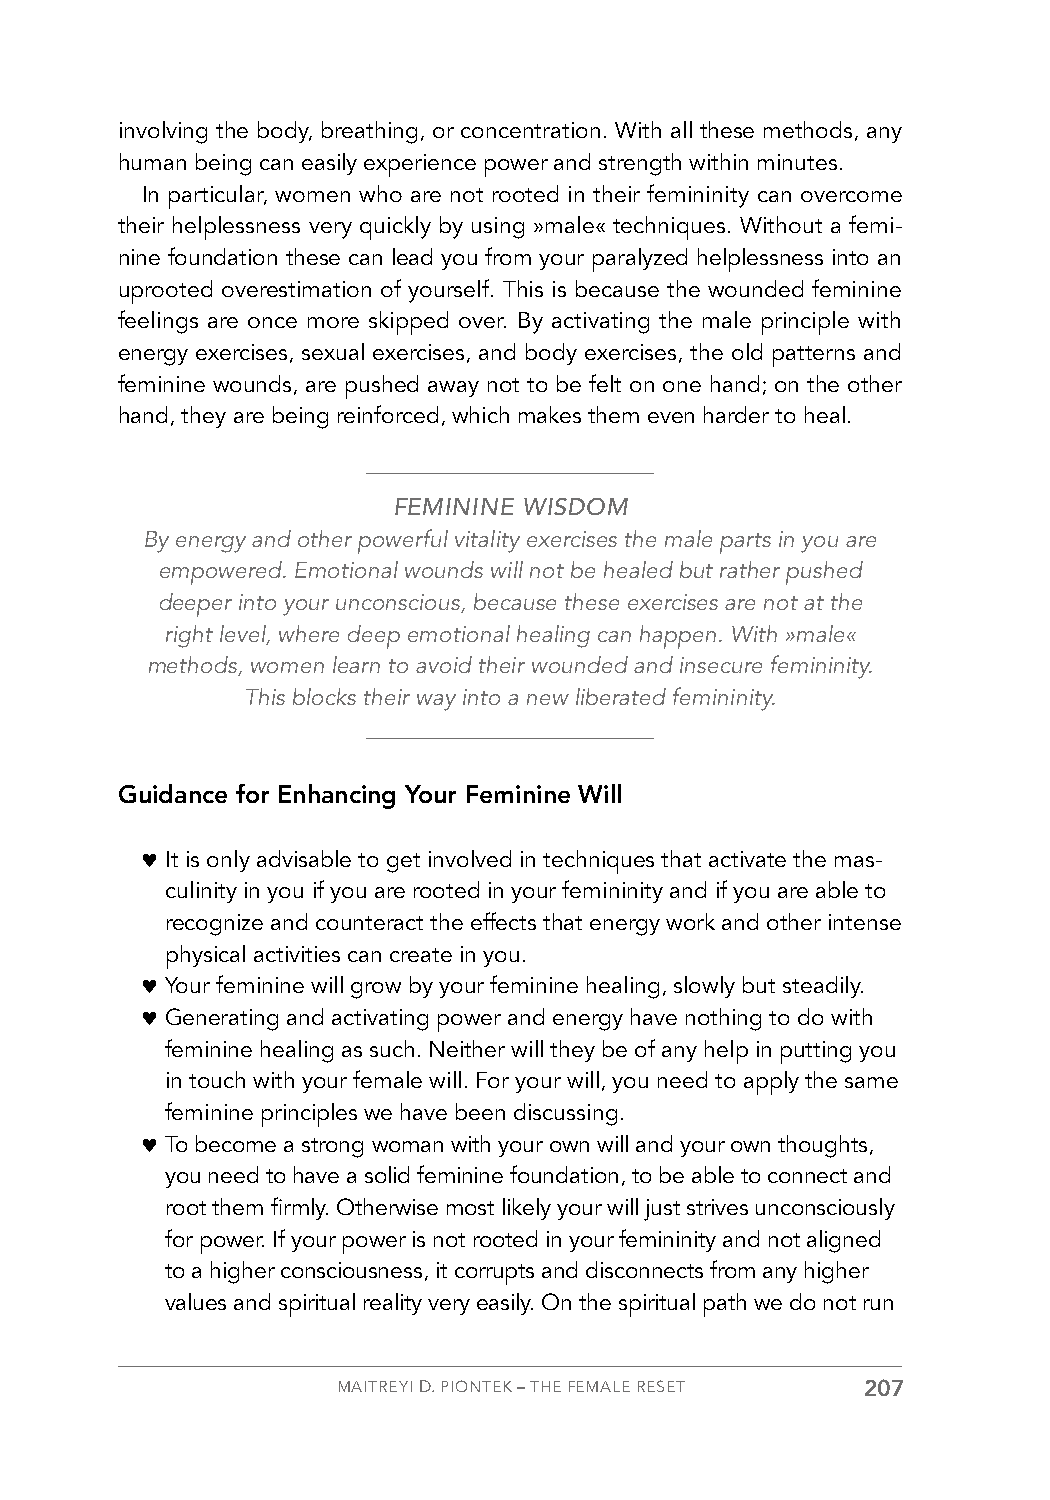
involving the body, breathing, or concentration. With all these methods, any
 human being can easily experience power and strength within minutes.
 In particular, women who are not rooted in their femininity can overcome
 their helplessness very quickly by using »male« techniques. Without a femi-
 nine foundation these can lead you from your paralyzed helplessness into an
 uprooted overestimation of yourself. This is because the wounded feminine
 feelings are once more skipped over. By activating the male principle with
 energy exercises, sexual exercises, and body exercises, the old patterns and
 feminine wounds, are pushed away not to be felt on one hand; on the other
 hand, they are being reinforced, which makes them even harder to heal.
 FEMININE WISDOM
 By energy and other powerful vitality exercises the male parts in you are
 empowered. Emotional wounds will not be healed but rather pushed
 deeper into your unconscious, because these exercises are not at the
 right level, where deep emotional healing can happen. With »male«
 methods, women learn to avoid their wounded and insecure femininity.
 This blocks their way into a new liberated femininity.
 Guidance for Enhancing Your Feminine Will
 ♥ It is only advisable to get involved in techniques that activate the mas-
 culinity in you if you are rooted in your femininity and if you are able to
 recognize and counteract the effects that energy work and other intense
 physical activities can create in you.
 ♥ Your feminine will grow by your feminine healing, slowly but steadily.
 ♥ Generating and activating power and energy have nothing to do with
 feminine healing as such. Neither will they be of any help in putting you
 in touch with your female will. For your will, you need to apply the same
 feminine principles we have been discussing.
 ♥ To become a strong woman with your own will and your own thoughts,
 you need to have a solid feminine foundation, to be able to connect and
 root them firmly. Otherwise most likely your will just strives unconsciously
 for power. If your power is not rooted in your femininity and not aligned
 to a higher consciousness, it corrupts and disconnects from any higher
 values and spiritual reality very easily. On the spiritual path we do not run
 MAITREYI D. PIONTEK – THE FEMALE RESET 207